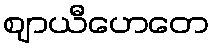
ဈာယီဟေတေ